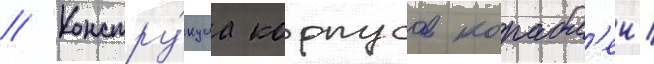
// Констру́кциа корпусов корабл'еи